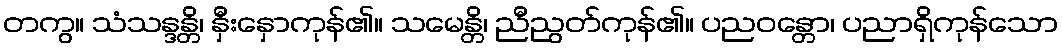
တကွ။ သံသန္ဒန္တိ၊ နှီးနှောကုန်၏။ သမေန္တိ၊ ညီညွတ်ကုန်၏။ ပညဝန္တော၊ ပညာရှိကုန်သော